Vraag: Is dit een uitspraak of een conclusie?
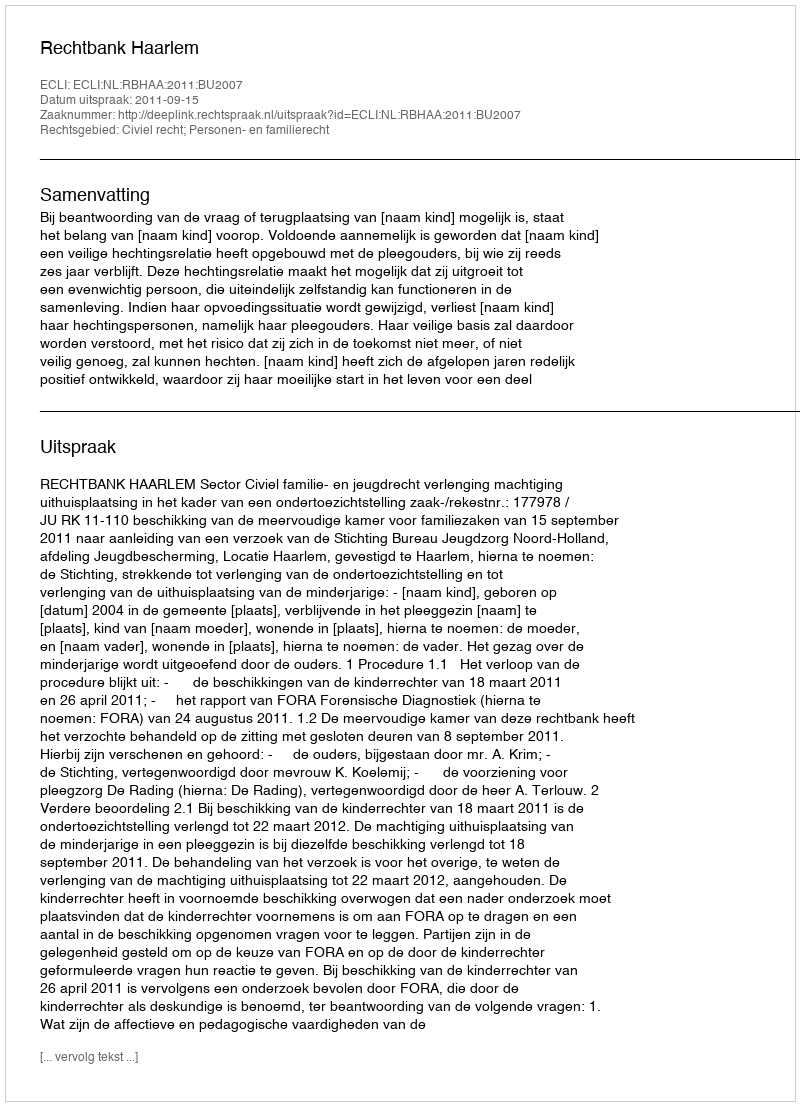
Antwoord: Uitspraak